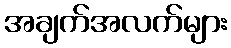
အချက်အလက်များ